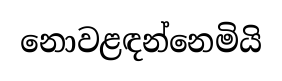
නොවළඳන්නෙමියි